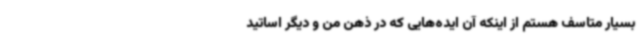
بسیار متاسف هستم از اینکه آن ایده‌هایی که در ذهن من و دیگر اساتید